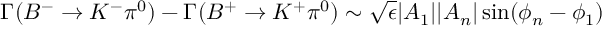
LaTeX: \Gamma ( B ^ { - } \to K ^ { - } \pi ^ { 0 } ) - \Gamma ( B ^ { + } \to K ^ { + } \pi ^ { 0 } ) \sim \sqrt { \epsilon } | A _ { 1 } | | A _ { n } | \sin ( \phi _ { n } - \phi _ { 1 } )